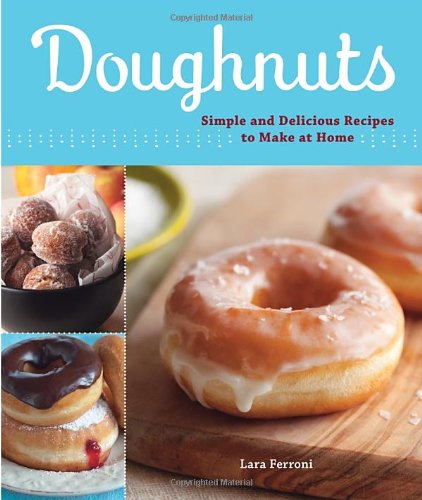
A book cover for Doughnuts: Simple and Delicious Recipes to Make at Home; Lara Ferroni; Cookbooks, Food & Wine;